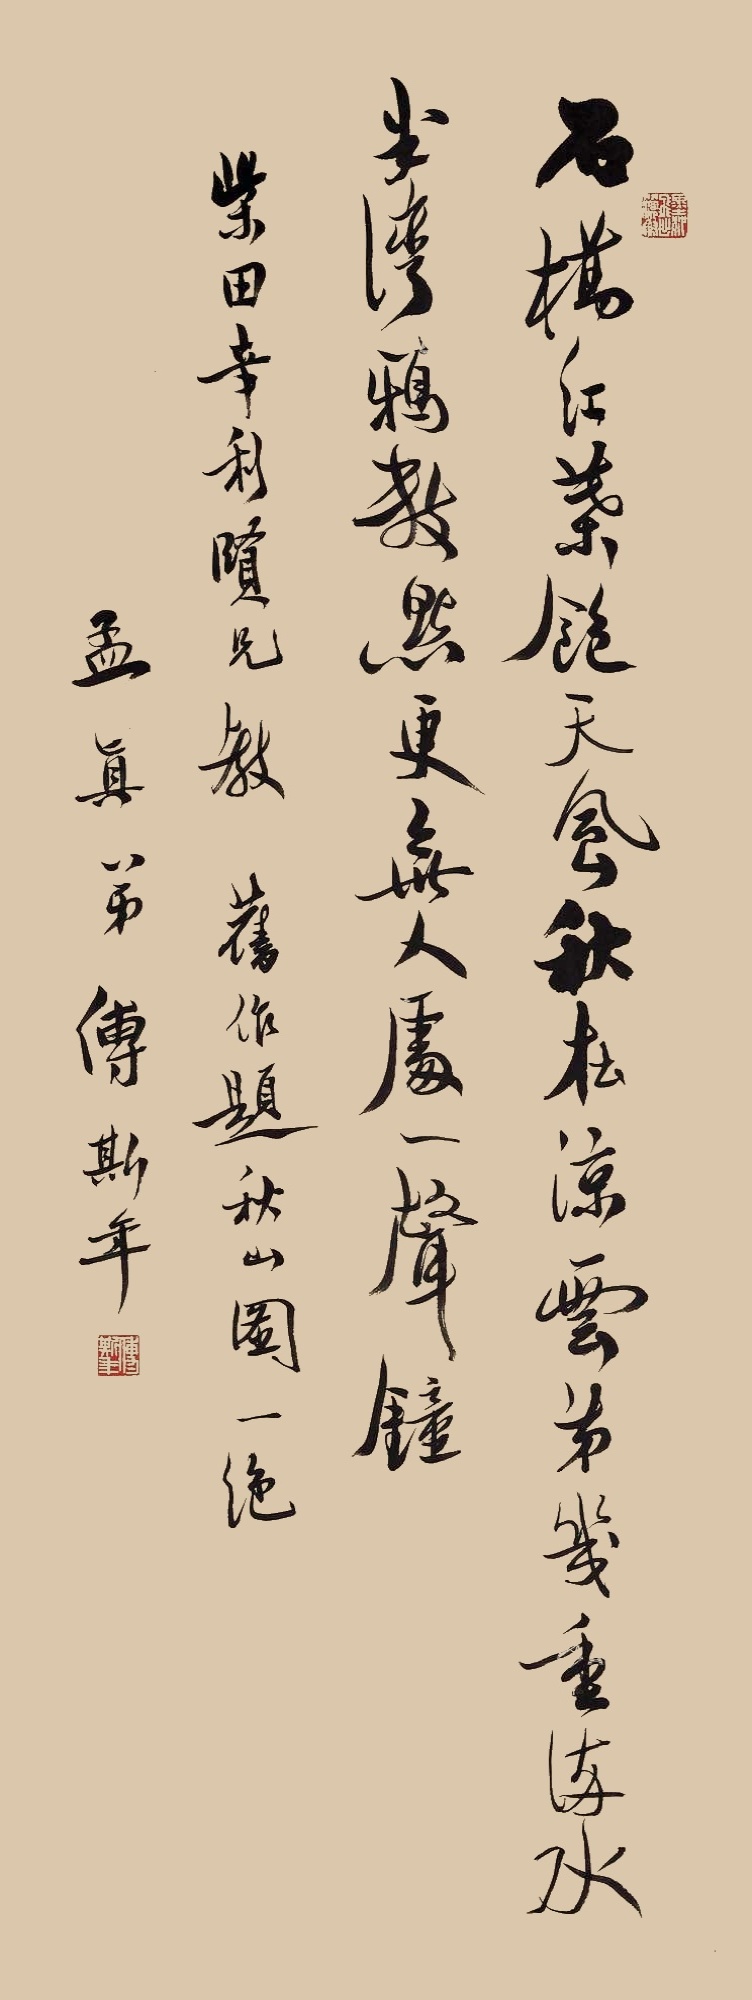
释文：石桥红叶饱天风，秋在凉云第几重。流水半湾鸦数点，更无人处一声钟。柴田幸利仁兄教，旧作题秋山图一绝，孟真弟傅斯年。